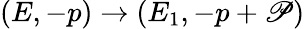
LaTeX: (E,-p)\to(E_{1},-p+\mathscr{P})